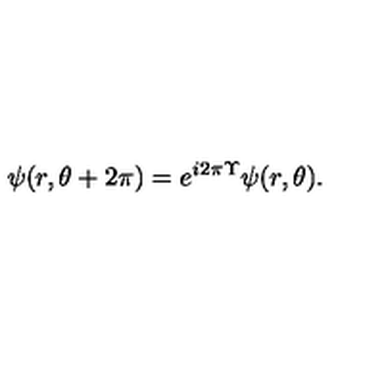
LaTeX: \psi ( r , \theta + 2 \pi ) = e ^ { i 2 \pi \Upsilon } \psi ( r , \theta ) .